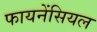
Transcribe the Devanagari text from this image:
फायनेंसियल